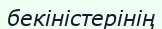
бекіністерінің